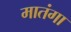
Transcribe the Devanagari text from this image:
मातंगा